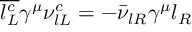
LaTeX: \overline { { { l _ { L } ^ { c } } } } \gamma ^ { \mu } \nu _ { l L } ^ { c } = - \bar { \nu } _ { l R } \gamma ^ { \mu } l _ { R }